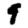
Digit: 9